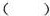
( )